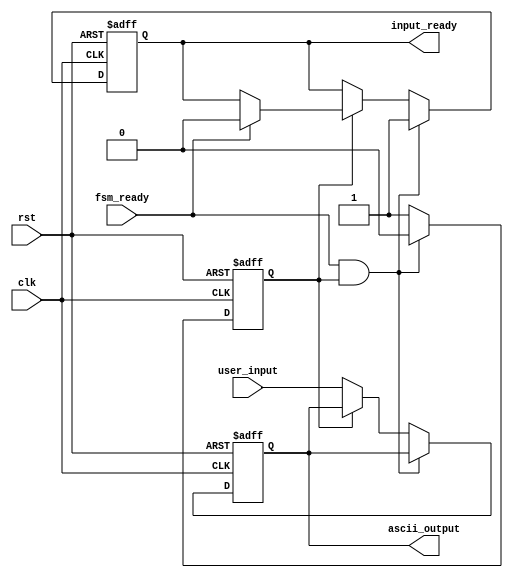
module InputModule(
    input wire clk,
    input wire rst,
    input wire [7:0] user_input, // ASCII value of the character
    output reg [7:0] ascii_output,
    output reg input_ready,
    input wire fsm_ready
);

    reg new_data_available;

    always @(posedge clk or posedge rst) begin
        if (rst) begin
            // Reset all outputs and flags
            ascii_output <= 8'b0;
            input_ready <= 0;
            new_data_available <= 0;
        end else if (fsm_ready && new_data_available) begin
            // When FSM is ready and new data is available, output the data
            input_ready <= 1;
            new_data_available <= 0; // Clear the new data flag
        end else if (!new_data_available) begin
            // Buffer the new input
            ascii_output <= user_input;
            new_data_available <= 1; // Set the new data flag
        end else begin
            // Keep the output ready until FSM accepts the data
            input_ready <= fsm_ready ? 0 : input_ready;
        end
    end

endmodule